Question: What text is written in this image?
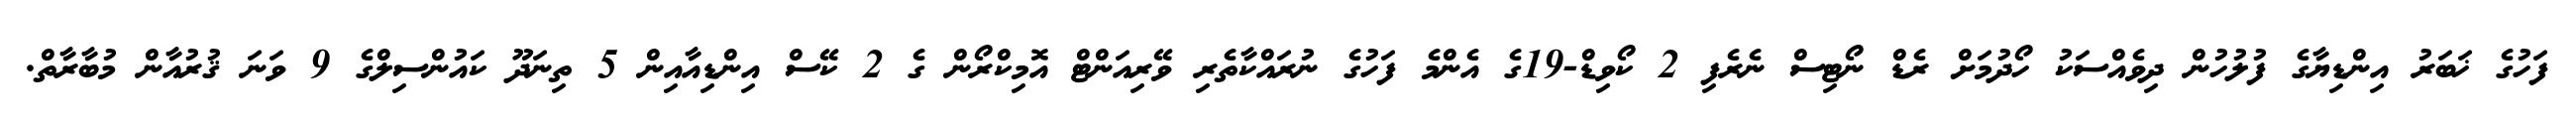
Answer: ފަހުގެ ޚަބަރު އިންޑިޔާގެ ފުލުހުން ދިވެއްސަކު ހޯދުމަށް ރެޑް ނޯޓިސް ނެރެފި 2 ކޯވިޑް-19ގެ އެންމެ ފަހުގެ ނުރައްކާތެރި ވޭރިއަންޓް އޮމިކްރޯން ގެ 2 ކޭސް އިންޑިއާއިން 5 ތިނަދޫ ކައުންސިލްގެ 9 ވަނަ ޤުރުއާން މުބާރާތް.